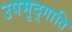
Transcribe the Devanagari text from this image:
उपमृद्गाति